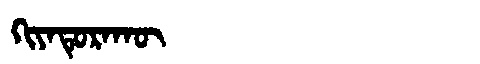
Manchu: ᡴᡳᠶᠠᡨᡠᡵᠠᡴᡡ
Romanization: KIYATURAKŪ